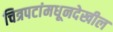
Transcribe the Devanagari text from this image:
चित्रपटांमधूनदेखील